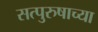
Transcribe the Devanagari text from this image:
सत्पुरुषाच्या